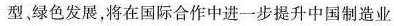
型、绿色发展，将在国际合作中进一步提升中国制造业